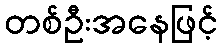
တစ်ဦးအနေဖြင့်